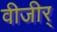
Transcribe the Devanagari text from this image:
वीजीर्